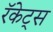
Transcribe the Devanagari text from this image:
रॅकेट्स